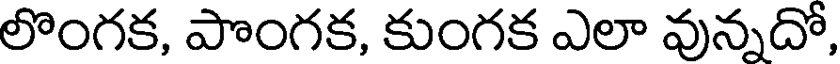
లొంగక, పొంగక, కుంగక ఎలా వున్నదో,